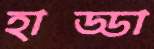
হাড্ডা